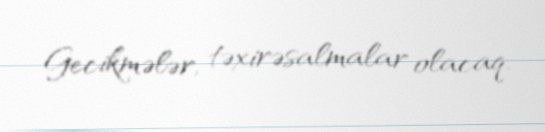
Gecikmələr, təxirəsalmalar olacaq.